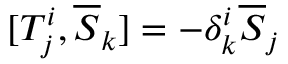
[ T _ { j } ^ { i } , { \overline { { S } } } _ { k } ] = - \delta _ { k } ^ { i } { \overline { { S } } } _ { j }